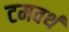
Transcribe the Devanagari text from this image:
टमवर्थ